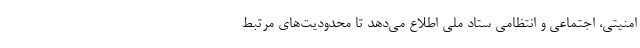
امنیتی، اجتماعی و انتظامی ستاد ملی اطلاع می‌دهد تا محدودیت‌های مرتبط